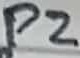
Text: P2